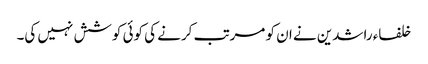
خلفاء راشدین نے ان کو مرتب کرنے کی کوئی کوشش نہیں کی۔